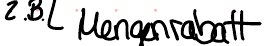
z.B. Mengenrabatt